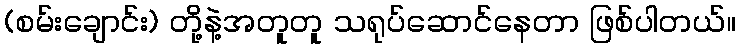
(စမ်းချောင်း) တို့နဲ့အတူတူ သရုပ်ဆောင်နေတာ ဖြစ်ပါတယ်။